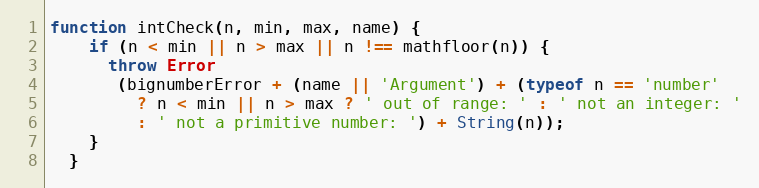
Language: JavaScript
function intCheck(n, min, max, name) {
    if (n < min || n > max || n !== mathfloor(n)) {
      throw Error
       (bignumberError + (name || 'Argument') + (typeof n == 'number'
         ? n < min || n > max ? ' out of range: ' : ' not an integer: '
         : ' not a primitive number: ') + String(n));
    }
  }